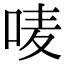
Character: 唛